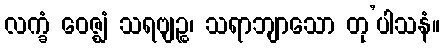
လက္ခံ ဝေဇ္ဈံ သရဗျဉ္စ၊ သရာဘျာသော တု’ပါသနံ။